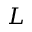
L